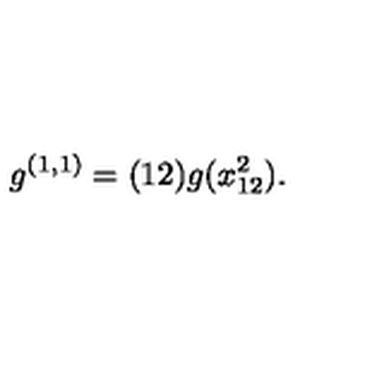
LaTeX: g ^ { ( 1 , 1 ) } = ( 1 2 ) g ( x _ { 1 2 } ^ { 2 } ) .